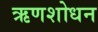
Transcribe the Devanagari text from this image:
ऋणशोधन